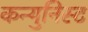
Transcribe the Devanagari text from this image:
कन्युनिस्ट